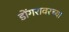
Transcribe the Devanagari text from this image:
डोंगरावरच्या